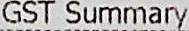
GST SUMMARY